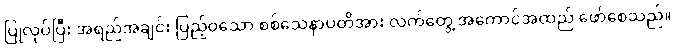
ပြုလုပ်ပြီး အရည်အချင်း ပြည့်ဝသော စစ်သေနာပတိအား လက်တွေ့ အကောင်အထည် ဖော်စေသည်။